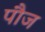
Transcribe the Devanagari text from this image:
पौज